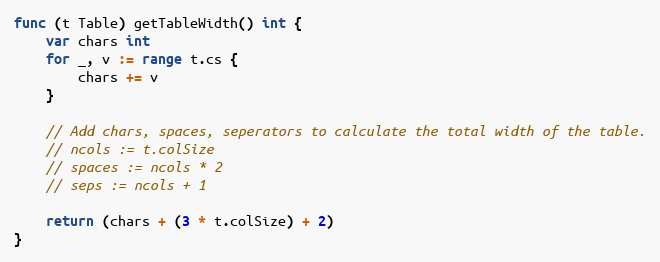
Language: Go
func (t Table) getTableWidth() int {
	var chars int
	for _, v := range t.cs {
		chars += v
	}

	// Add chars, spaces, seperators to calculate the total width of the table.
	// ncols := t.colSize
	// spaces := ncols * 2
	// seps := ncols + 1

	return (chars + (3 * t.colSize) + 2)
}